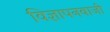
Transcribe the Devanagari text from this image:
विज्ञापनबाजी